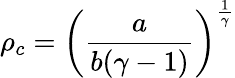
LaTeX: \rho_{c}=\left(\frac{a}{b(\gamma-1)}\right)^{\frac{1}{\gamma}}